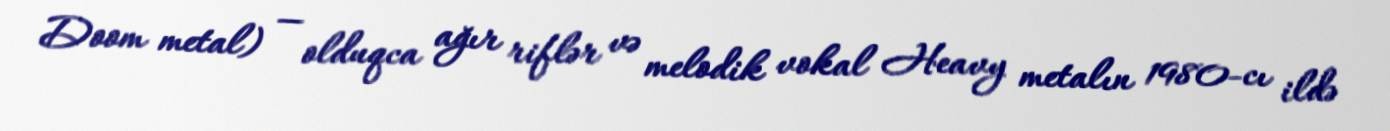
Doom metal) — olduqca ağır riflər və melodik vokal Heavy metalın 1980-cı ildə